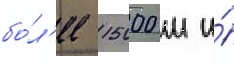
бо́л'ее 15000 м и́